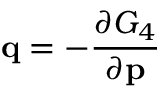
\mathbf { q } = - { \frac { \partial G _ { 4 } } { \partial \mathbf { p } } }